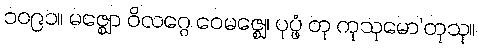
၁၀၉၁။ မဇ္ဈော ဝိလဂ္ဂေ ဝေမဇ္ဈေ၊ ပုပ္ဖံ တု ကုသုမော’တုသု။